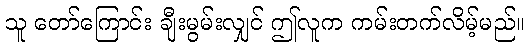
သူ တော်ကြောင်း ချီးမွမ်းလျှင် ဤလူက ကမ်းတက်လိမ့်မည်။